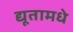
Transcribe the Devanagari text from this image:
द्यूतामधे